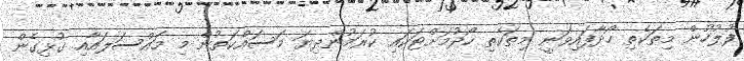
ފުލުހުން މިތަކެތި ހޯދާފައިވަނީ މިތަކެތި ހޯދުމަށްޓަކައި ކުރަމުންދިޔަ މަސައްކަތުން މި މައްސަލައާއި ގުޅިގެން